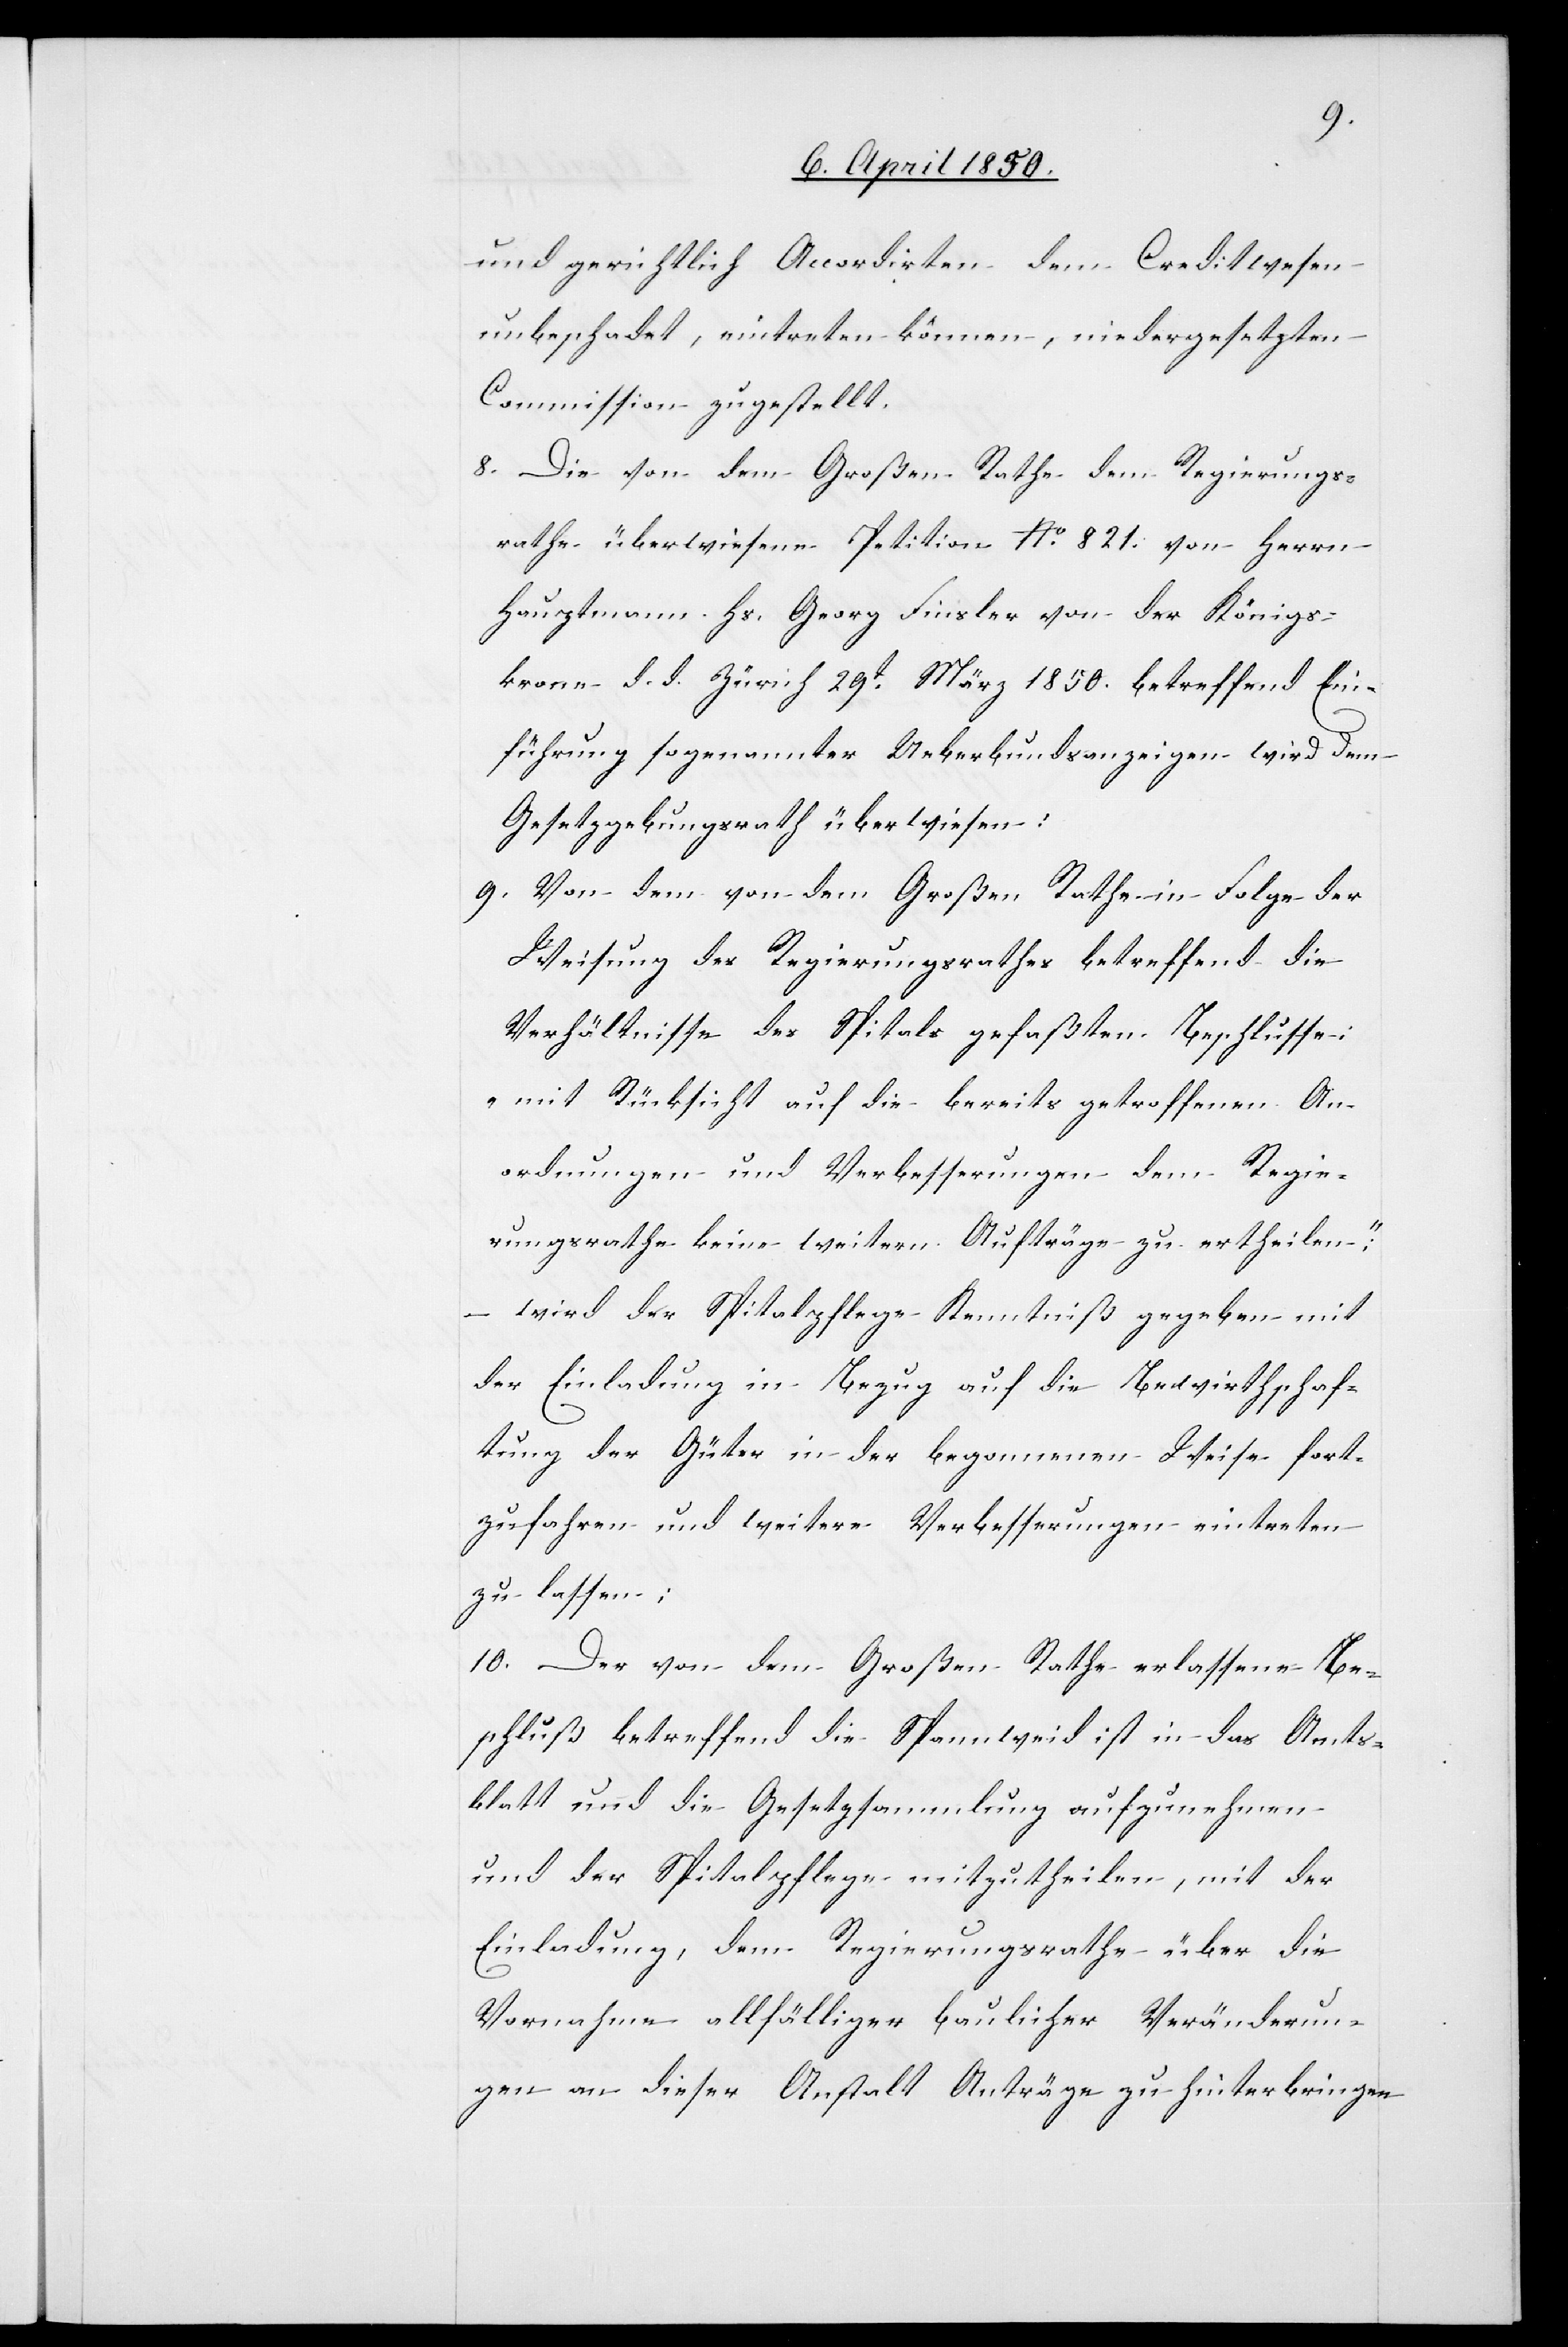
und gerichtlich Accordirten dem Creditwesen
unbeschadet, eintreten können, niedergesetzten
Commission zugestellt.
8. Die von dem Großen Rathe dem Regierungs¬
rathe überwiesene Petition No. 821. von Herrn
Hauptmann Hs. Georg Finsler von der Königs¬
krone d. d. Zürich 29t März 1850. betreffend Ein¬
führung sogenannter Ueberbundsanzeigen wird dem
Gesetzgebungsrath überwiesen:
9. Von dem von dem Großen Rathe in Folge der
Weisung des Regierungsrathes betreffend die
Verhältnisse des Spitals gefaßten Beschlusse:
„mit Rücksicht auf die bereits getroffenen An¬
ordnungen und Verbesserungen dem Regie¬
rungsrathe keine weitern Aufträge zu ertheilen“;
– wird der Spitalpflege Kenntniß gegeben mit
der Einladung in Bezug auf die Bewirtschaf¬
tung der Güter in der begonnenen Weise fort¬
zufahren und weitere Verbesserungen eintreten
zu lassen;
10. Der von dem Großen Rathe erlassene Be¬
schluß betreffend die Spannweid ist in das Amts¬
blatt und die Gesetzsammlung aufzunehmen
und der Spitalpflege mitzutheilen, mit der
Einladung, dem Regierungsrathe über die
Vornahme allfälliger baulicher Veränderun¬
gen an dieser Anstalt Anträge zu hinterbringen